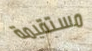
مستقيمة